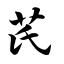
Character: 芪